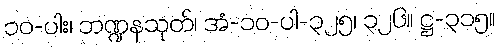
၁၀-ပါး၊ ဘဏ္ဍနသုတ်၊ အံ-၁၀-ပါ-၃၂၅၊ ၃၂၆။ ဋ္ဌ-၃၁၅။